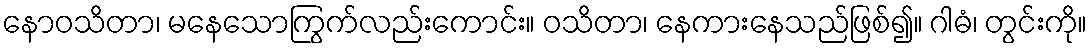
နောဝသိတာ၊ မနေသောကြွက်လည်းကောင်း။ ဝသိတာ၊ နေကားနေသည်ဖြစ်၍။ ဂါဓံ၊ တွင်းကို။